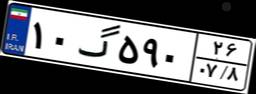
۷۴گ۶۵۲۹۸